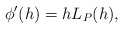
\begin{align*} \begin{aligned} \phi'(h)=hL_P(h), \end{aligned} \end{align*}